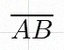
\overline{AB}